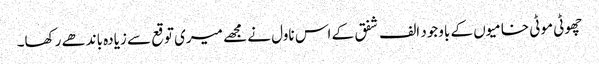
چھوٹی موٹی خامیوں کے باوجود الف شفق کے اس ناول نے مجھے میری توقع سے زیادہ باندھے رکھا۔